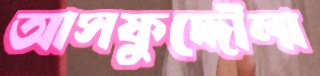
আসফুদ্দৌলা